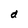
Character: d